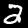
Digit: 2